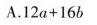
A.$$12a+16b $$